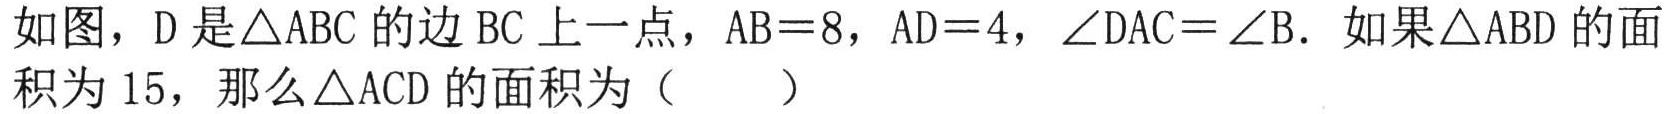
如图，D 是\(\triangle ABC\)的边 BC 上一点，\(AB = 8\)，\(AD = 4\)，\(\angle DAC=\angle B\)．如果\(\triangle ABD\)的面积为 15，那么\(\triangle ACD\)的面积为（  ）